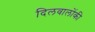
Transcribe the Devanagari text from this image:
दिलवालोंकी